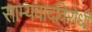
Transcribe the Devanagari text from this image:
साम्यवादविरोधी